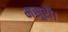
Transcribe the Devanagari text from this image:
मसूरी।